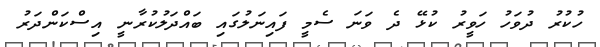
ހުކުރު ދުވަހު ހަވީރު ކުޅޭ ދެ ވަނަ ސެމީ ފައިނަލުގައި ބައްދަލުކުރާނީ އިސްކަންދަރު